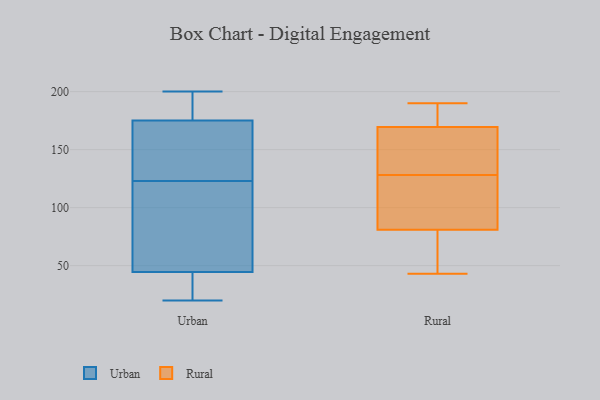
{"axis": {"x": "Backlog", "y": "Value"}, "legend": ["Rural", "Urban"], "data": [{"x": "", "y": 36, "type": "Urban"}, {"x": "", "y": 148, "type": "Urban"}, {"x": "", "y": 52, "type": "Urban"}, {"x": "", "y": 133, "type": "Urban"}, {"x": "", "y": 33, "type": "Urban"}, {"x": "", "y": 123, "type": "Urban"}, {"x": "", "y": 20, "type": "Urban"}, {"x": "", "y": 140, "type": "Urban"}, {"x": "", "y": 189, "type": "Urban"}, {"x": "", "y": 185, "type": "Urban"}, {"x": "", "y": 38, "type": "Urban"}, {"x": "", "y": 200, "type": "Urban"}, {"x": "", "y": 181, "type": "Urban"}, {"x": "", "y": 61, "type": "Urban"}, {"x": "", "y": 42, "type": "Urban"}, {"x": "", "y": 82, "type": "Urban"}, {"x": "", "y": 53, "type": "Urban"}, {"x": "", "y": 181, "type": "Urban"}, {"x": "", "y": 157, "type": "Urban"}, {"x": "", "y": 100, "type": "Rural"}, {"x": "", "y": 128, "type": "Rural"}, {"x": "", "y": 62, "type": "Rural"}, {"x": "", "y": 43, "type": "Rural"}, {"x": "", "y": 148, "type": "Rural"}, {"x": "", "y": 190, "type": "Rural"}, {"x": "", "y": 158, "type": "Rural"}, {"x": "", "y": 128, "type": "Rural"}, {"x": "", "y": 45, "type": "Rural"}, {"x": "", "y": 181, "type": "Rural"}, {"x": "", "y": 110, "type": "Rural"}, {"x": "", "y": 181, "type": "Rural"}]}